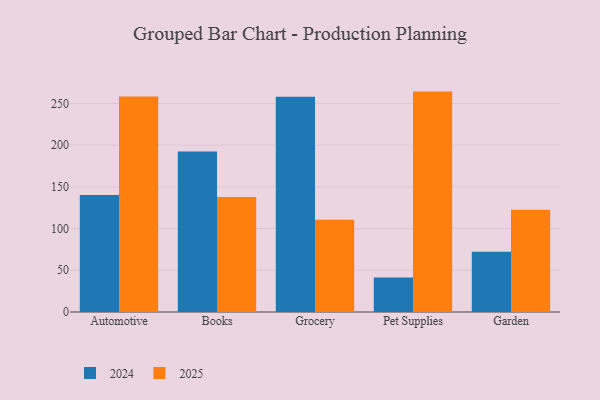
{"axis": {"x": "Category", "y": "Tickets Resolved"}, "legend": ["2024", "2025"], "data": [{"x": "Automotive", "y": 258.2, "type": "2025"}, {"x": "Automotive", "y": 140.4, "type": "2024"}, {"x": "Books", "y": 137.8, "type": "2025"}, {"x": "Books", "y": 192.4, "type": "2024"}, {"x": "Grocery", "y": 110.6, "type": "2025"}, {"x": "Grocery", "y": 258.1, "type": "2024"}, {"x": "Pet Supplies", "y": 264.2, "type": "2025"}, {"x": "Pet Supplies", "y": 41.3, "type": "2024"}, {"x": "Garden", "y": 122.6, "type": "2025"}, {"x": "Garden", "y": 72.1, "type": "2024"}]}